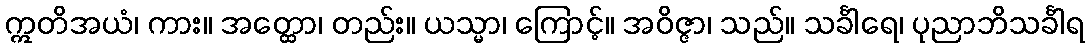
ဣတိအယံ၊ ကား။ အတ္ထော၊ တည်း။ ယသ္မာ၊ ကြောင့်။ အဝိဇ္ဇာ၊ သည်။ သင်္ခါရေ၊ ပုညာဘိသင်္ခါရ